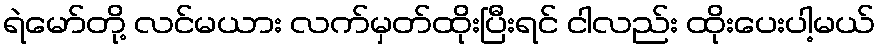
ရဲမော်တို့ လင်မယား လက်မှတ်ထိုးပြီးရင် ငါလည်း ထိုးပေးပါ့မယ်